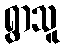
ရွာသူ